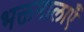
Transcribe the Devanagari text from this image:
भक्तमालाएँ